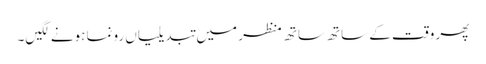
پھر وقت کے ساتھ ساتھ منظر میں تبدیلیاں رونما ہونے لگیں۔